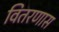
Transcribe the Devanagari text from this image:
वितरणास